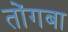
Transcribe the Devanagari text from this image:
तोंगबा